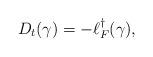
LaTeX: \begin{align*} D_t(\gamma)=-\ell_F^\dagger (\gamma),\end{align*}